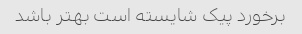
برخورد پیک شایسته است بهتر باشد